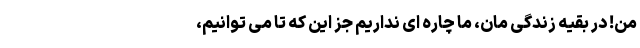
من! در بقیه زندگی مان، ما چاره ای نداریم جز این که تا می توانیم،